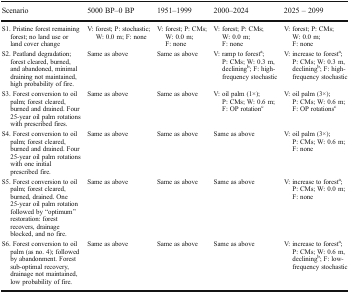
| Scenario | 5000 BP–0 BP | 1951–1999 | 2000–2024 | 2025 – 2099 |
 | --- | --- | --- | --- | --- |
 | S1. Pristine forest remaining forest; no land use or land cover change | V: forest; P: stochastic; W: 0.0 m; F: none | V: forest; P: CMs; W: 0.0 m; F: none | V: forest; P: CMs; W: 0.0 m; F: none | V: forest; P: CMs; W: 0.0 m; F: none |
 | S2. Peatland degradation; forest cleared, burned, and abandoned, minimal draining not maintained, high probability of fire. | Same as above | Same as above | V: ramp to foresta; P: CMs; W: 0.3 m, decliningb; F: high-frequency stochastic | V: increase to foresta; P: CMs; W: 0.3 m, decliningb; F: high-frequency stochastic |
 | S3. Forest conversion to oil palm; forest cleared, burned and drained. Four 25-year oil palm rotations with prescribed fires. | Same as above | Same as above | V: oil palm (1×); P: CMs; W: 0.6 m; F: OP rotationc | V: oil palm (3×); P: CMs; W: 0.6 m; F: OP rotationsc |
 | S4. Forest conversion to oil palm; forest cleared, burned and drained. Four 25-year oil palm rotations with one initial prescribed fire. | Same as above | Same as above | Same as above | V: oil palm (3×); P: CMs; W: 0.6 m; F: none |
 | S5. Forest conversion to oil palm; forest cleared, burned, drained. One 25-year oil palm rotation followed by “optimum” restoration: forest recovers, drainage blocked, and no fire. | Same as above | Same as above | Same as above | V: increase to foresta; P: CMs; W: 0.0 m; F: none |
 | S6. Forest conversion to oil palm (as no. 4); followed by abandonment. Forest sub-optimal recovery, drainage not maintained, low probability of fire. | Same as above | Same as above | Same as above | V: increase to foresta; P: CMs; W: 0.6 m, decliningb; F: low-frequency stochastic |